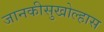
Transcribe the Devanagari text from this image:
जानकीसुखोल्हास